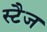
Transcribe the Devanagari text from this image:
स्टैज